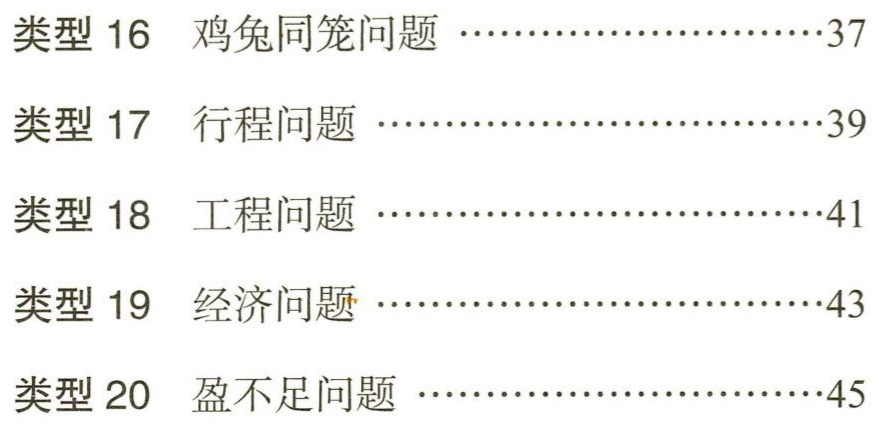
类型 16 鸡兔同笼问题 ……………………37

类型 17 行程问题 ……………………………39

类型 18 工程问题 ……………………………41

类型 19 经济问题 ……………………………43

类型 20 盈不足问题 …………………………45